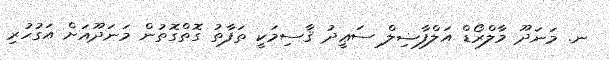
ނ. މަނަދޫ މާލްރޯޑް އަލްފާޟިލް ސަޢީދު ޤާސިމަކީ ތަފާތު ގޮތްގޮތުން މަނަދޫއަށް އަގުހުރި